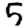
Digit: 5